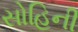
સોહિની